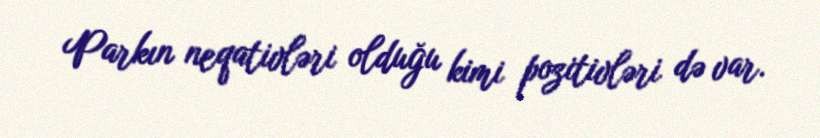
Parkın neqativləri olduğu kimi pozitivləri də var.